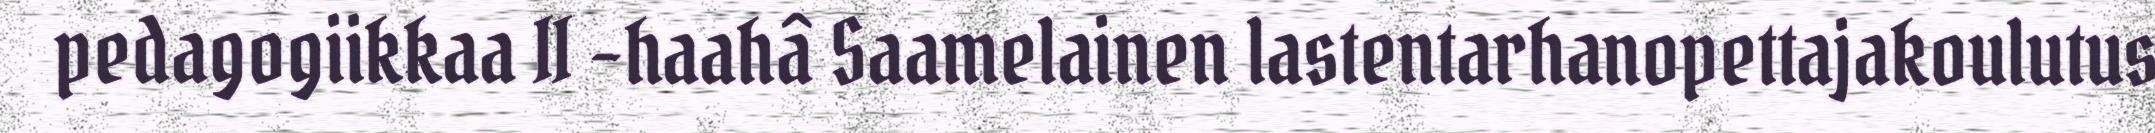
pedagogiikkaa II -haahâ Saamelainen lastentarhanopettajakoulutus